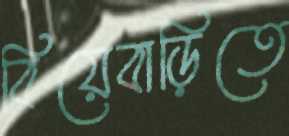
বিয়েবাড়িতে